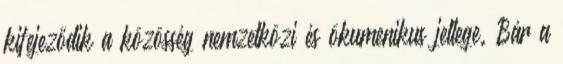
kifejeződik a közösség nemzetközi és ökumenikus jellege. Bár a